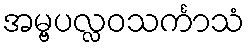
အမ္ဗပလ္လဝသင်္ကာသံ